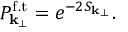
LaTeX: P _ { { \bf k } _ { \perp } } ^ { \mathrm { f . t } } = e ^ { - 2 S _ { { \bf k } _ { \perp } } } .